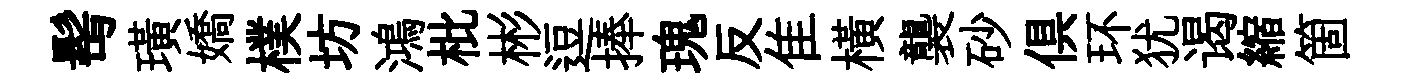
髩璜嬌樸坊鴻枇彬逗捧瑰反隹横襲砂俱环犹谒縮箇